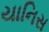
યાનિસ